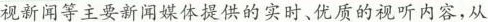
视新闻等主要新闻媒体提供的实时、优质的视听内容，从